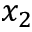
x _ { 2 }